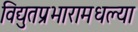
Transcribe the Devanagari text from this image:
विद्युतप्रभारामधल्या